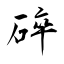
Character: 碎